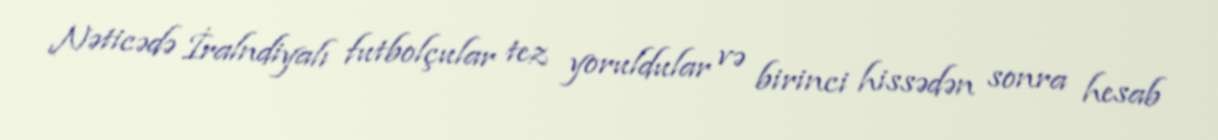
Nəticədə İralndiyalı futbolçular tez yoruldular və birinci hissədən sonra hesab